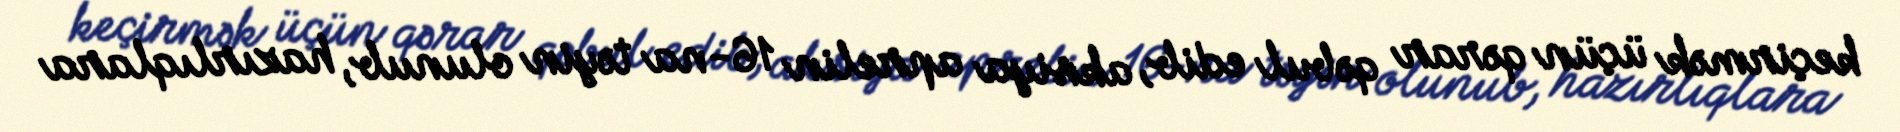
keçirmək üçün qərar qəbul edib, aksiya aprelin 16-na təyin olunub, hazırlıqlara